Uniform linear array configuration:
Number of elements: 8
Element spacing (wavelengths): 0.25
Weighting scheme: cosine
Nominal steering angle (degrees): -45
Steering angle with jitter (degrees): -43.254
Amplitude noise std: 0.05
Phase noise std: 0.05

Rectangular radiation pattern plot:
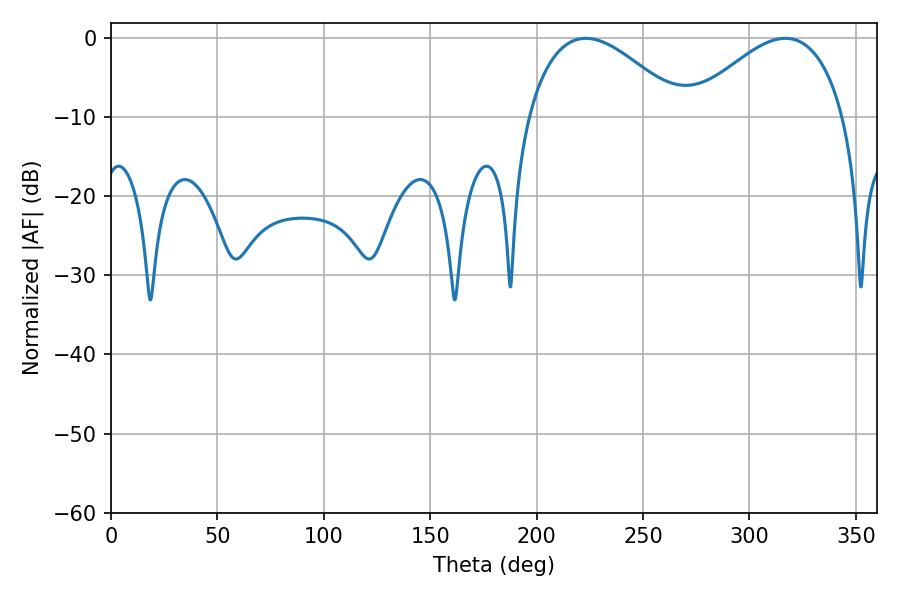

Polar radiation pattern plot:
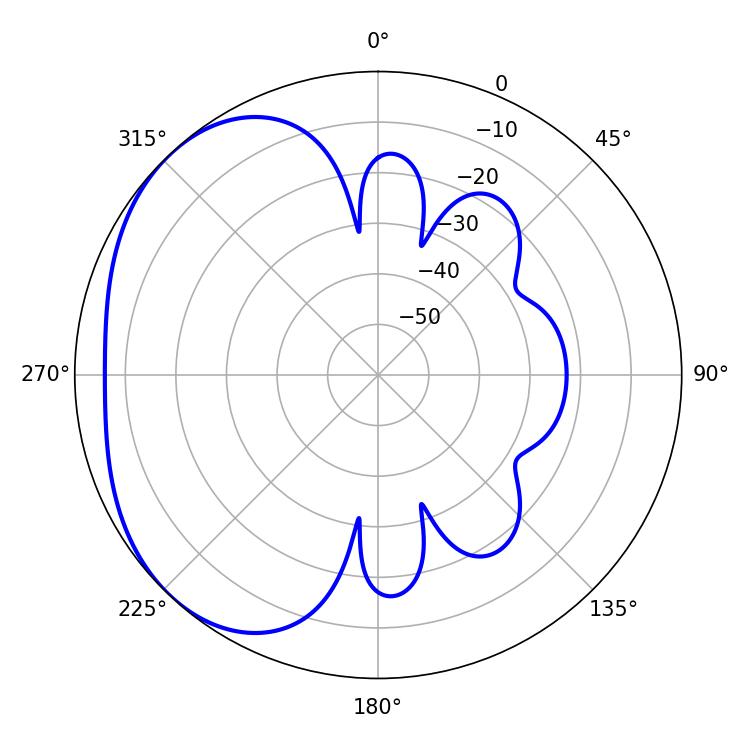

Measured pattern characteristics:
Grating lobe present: FALSE
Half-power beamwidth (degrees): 39.78
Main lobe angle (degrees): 223.2